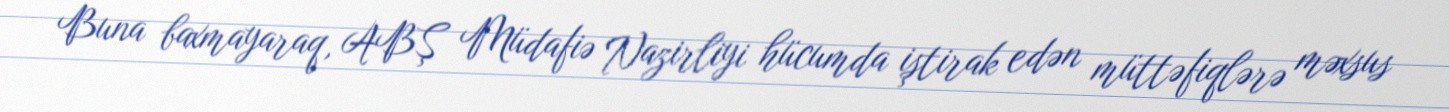
Buna baxmayaraq, ABŞ Müdafiə Nazirliyi hücumda iştirak edən müttəfiqlərə məxsus